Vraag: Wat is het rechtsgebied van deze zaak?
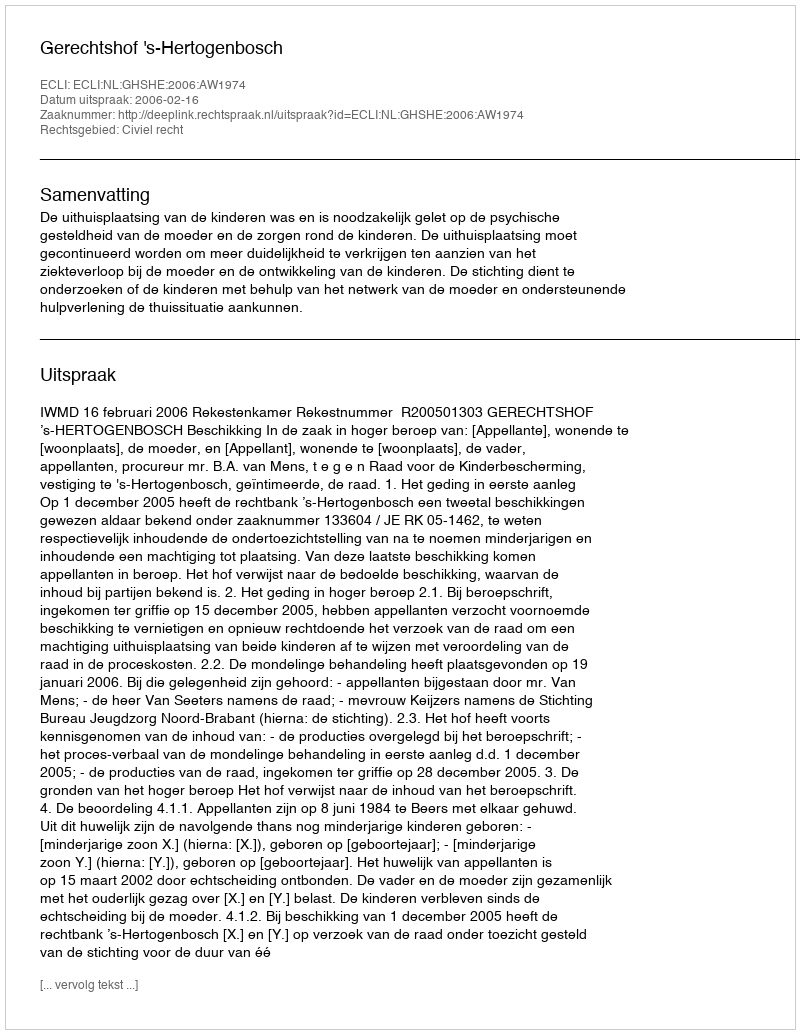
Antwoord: Civiel recht